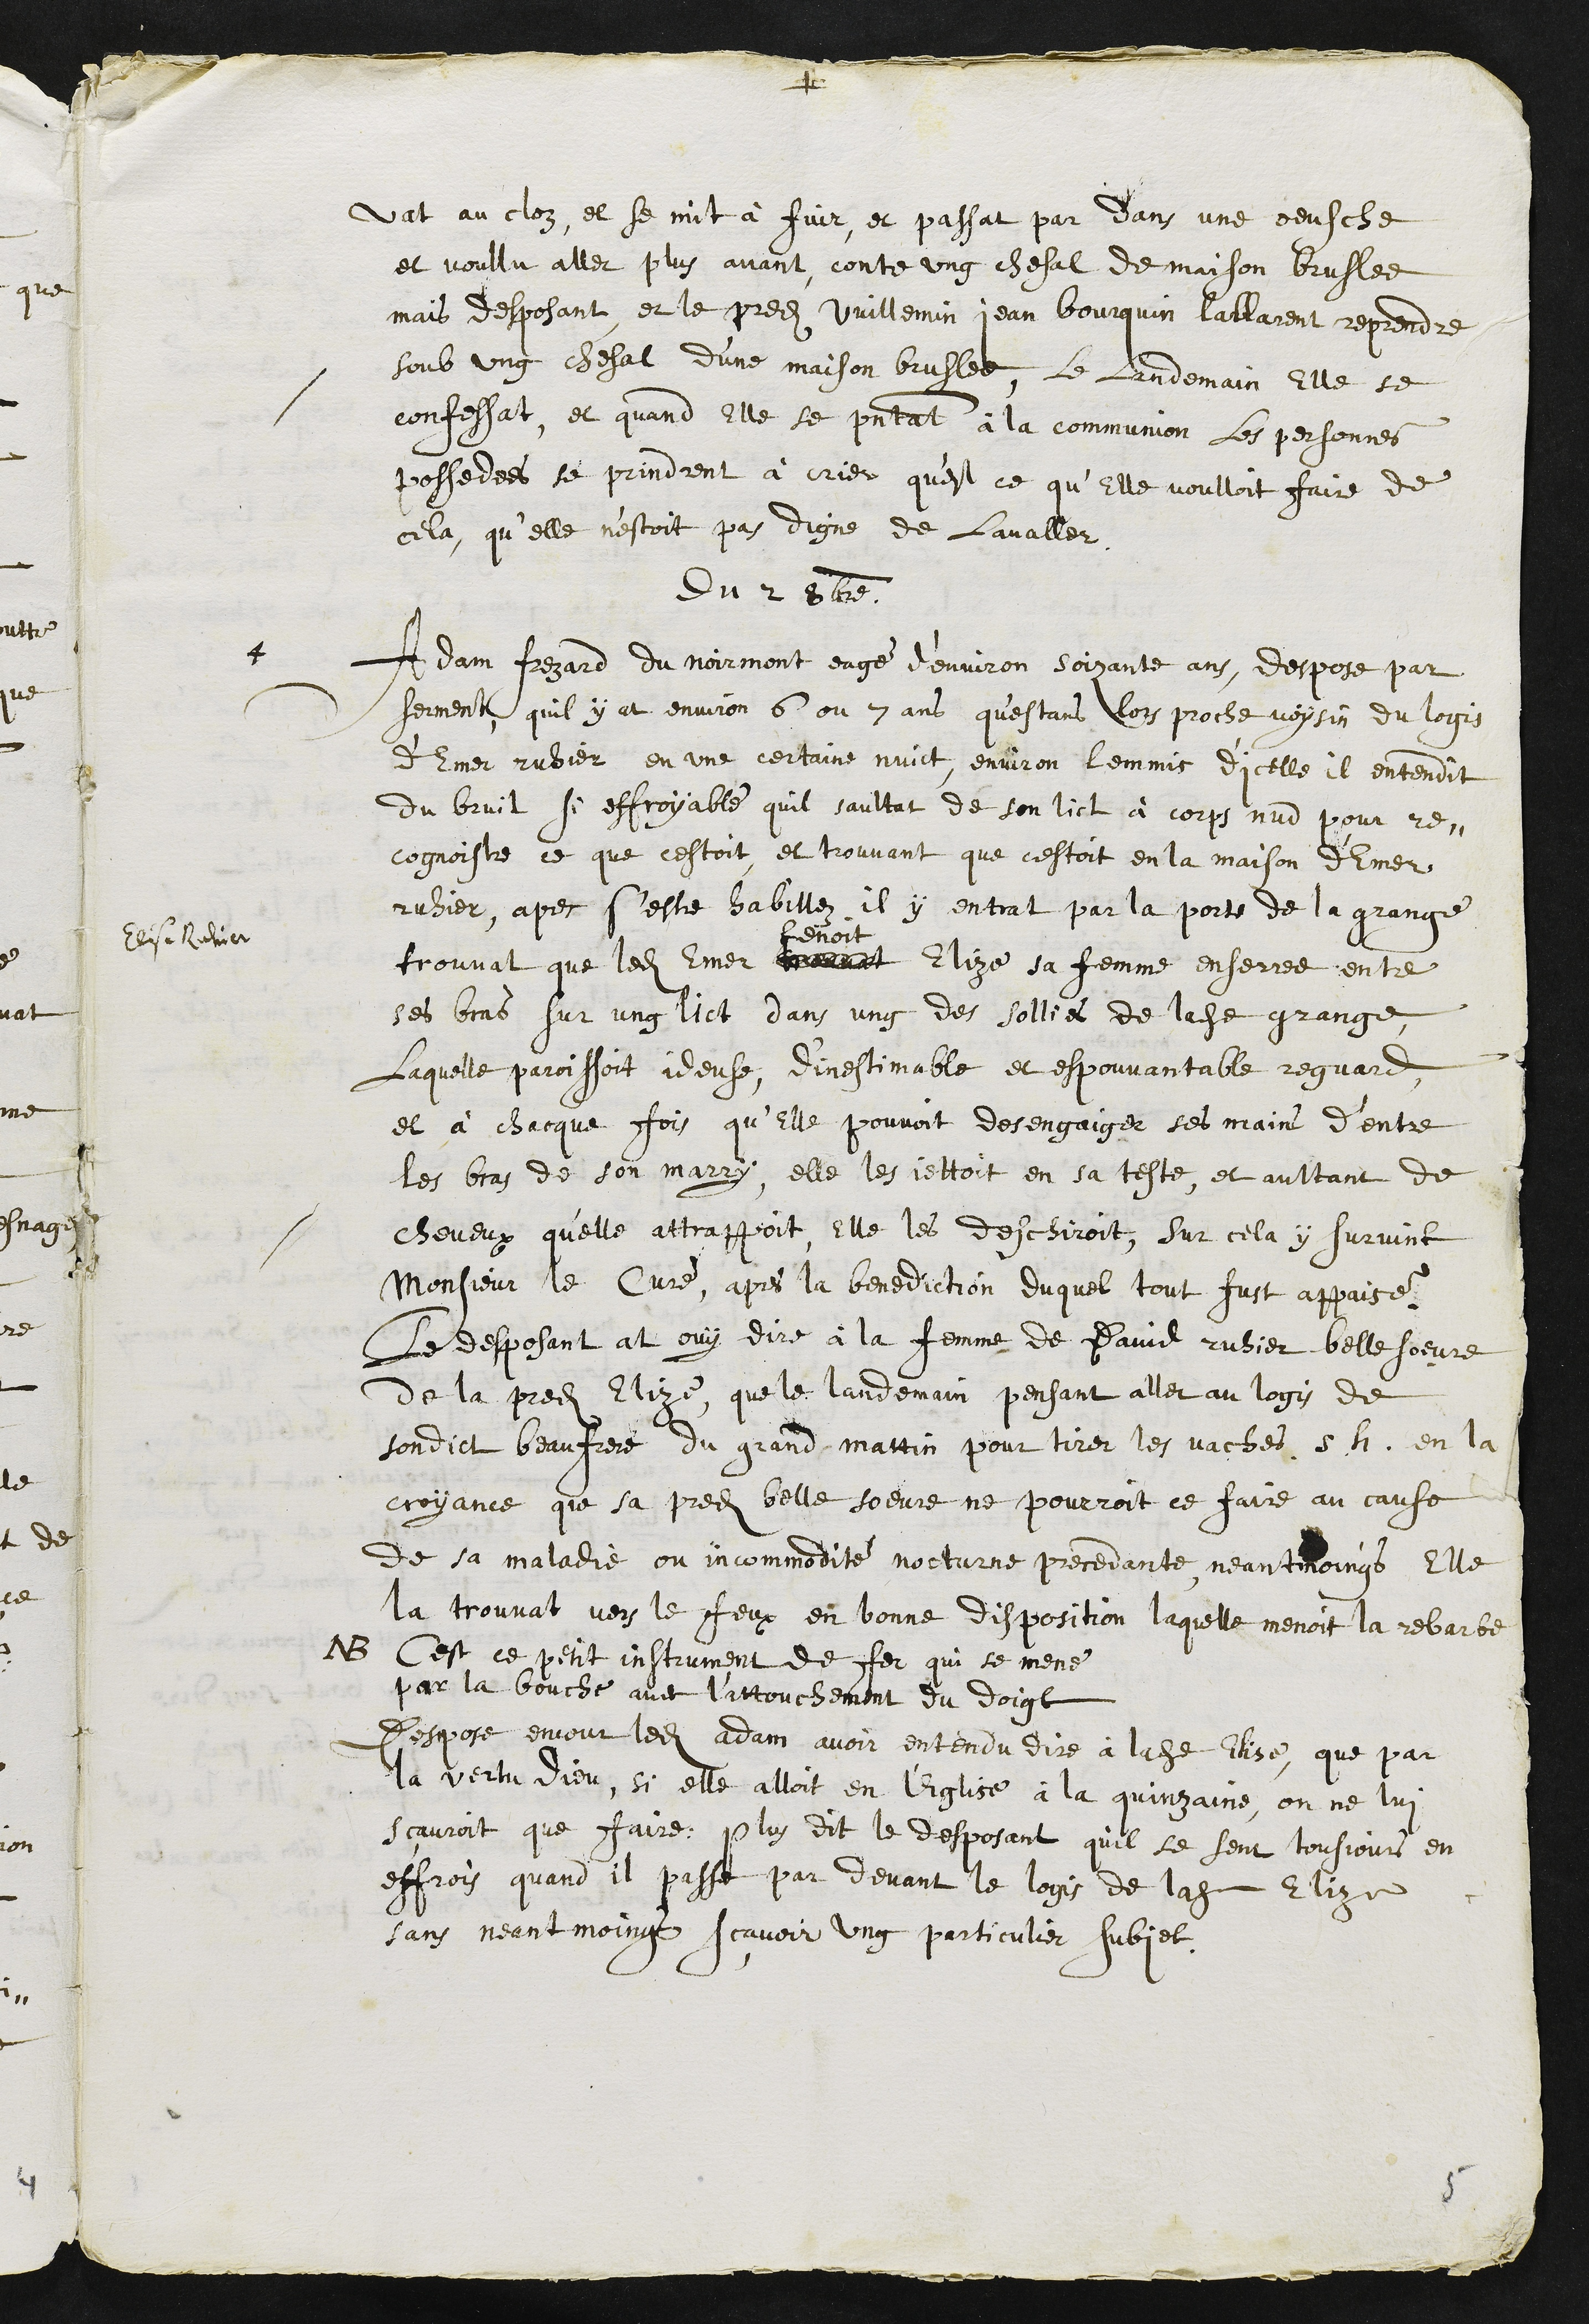
+
vat au cloz, et se mit à fuir, et passat par dans une oeusche
et voullu aller plus avant contre ung chesal de maison bruslee
mais desposant et le predit Vuillemin Jean Bourquin lallarent reprendre
soub ung chesal d’une maison bruslee, Le lendemain, Elle se
confessat, et quand Elle se presentat à la communion les personnes
possedees se prindrent à crier, qu'est ce qu’Elle voulloit faire de
cela, qu'elle n'estoit pas digne de lavaller
Du 2 8bre
4
Adam Frezard du Noirmont eagé d’environ soixante ans, despose par
serment quil y at environ 6 ou 7 ans qu'estant lors proche voysin du logis
d’Emer ruhier en une certaine nuict, environ lemmis d'icelle il entendit
du bruit si effroyable quil saultat de son lict à corps nud pour re-
cognoistre ce que cestoit et trouvant que cestoit en la maison d'Emer
ruhier, apres s’este habillez, il y entrat par la porte de la grange
Elise Ruhier
trouvat que ledit Emer mennat
tenoit
Elise sa femme enserree entre
ses bras sur ung lict dans ung des sollies de ladite grange
Laquelle paroissoit ideuse, d'inestimable et espouvantable reguard
et à chacque fois qu’Elle pouvoit desengaiger ses mains d’entre
les bras de son marry, elle les jettoit en sa teste, et aultant de
cheveux qu'elle attrappoit, elle les deschiroit, sur cela y survint
Monsieur le Curé, apres la benediction duquel tout fust appaise,
le desposant at ouy dire à la femme de David ruhier belle soeure
de la predite Elize, que le landemain pensant aller au logis de
sondict beau frere du grand mattin pour tirer les vaches s.h. en la
croyance que sa predite belle soeure ne pourroit ce faire au cause
de sa maladie, ou incommodité nocturne precedante, neantmoings Elle
la trouvat vers le feux en bonne disposition laquelle menoit la rebarbe
NB Cest ce petit instrument de fer qui se mene
par la bouche avec l’attouchement du doigt
Despose encour ledit adam avoir entendu dire à ladite Elise, que par
la vertu dieu, si elle alloit en l'Eglise à la quinzaine, on ne lui
sçauroit que faire, plus dit le desposant quil se sent tousjours en
effrois quand il passe par devant le logis de ladite Elize
sans neantmoings sçavoir ung particulier subjet
5